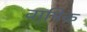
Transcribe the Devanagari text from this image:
वामिक़